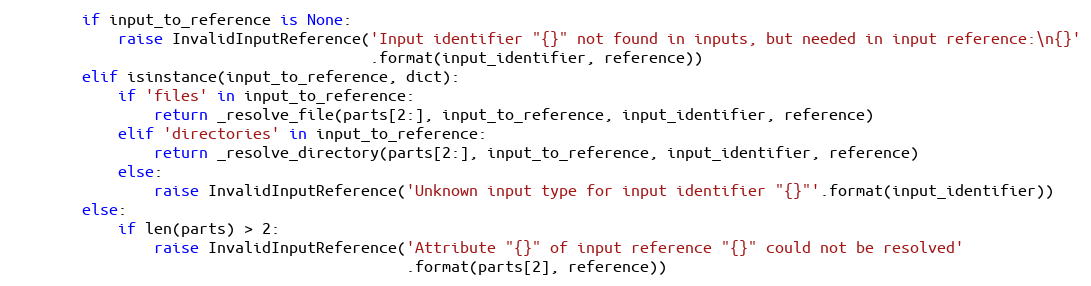
Language: Python
        if input_to_reference is None:
            raise InvalidInputReference('Input identifier "{}" not found in inputs, but needed in input reference:\n{}'
                                        .format(input_identifier, reference))
        elif isinstance(input_to_reference, dict):
            if 'files' in input_to_reference:
                return _resolve_file(parts[2:], input_to_reference, input_identifier, reference)
            elif 'directories' in input_to_reference:
                return _resolve_directory(parts[2:], input_to_reference, input_identifier, reference)
            else:
                raise InvalidInputReference('Unknown input type for input identifier "{}"'.format(input_identifier))
        else:
            if len(parts) > 2:
                raise InvalidInputReference('Attribute "{}" of input reference "{}" could not be resolved'
                                            .format(parts[2], reference))